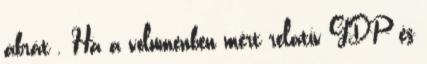
ábrát . Ha a volumenben mért relatív GDP- és